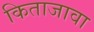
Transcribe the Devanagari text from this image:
किताजावा